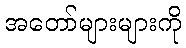
အတော်များများကို